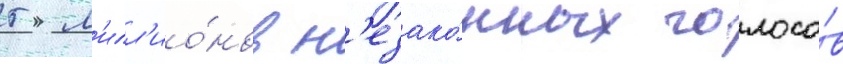
5 м'илл'ио́нов н'езако́нных голосо́в